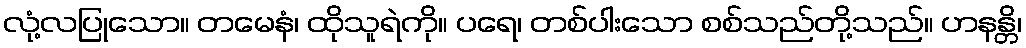
လုံ့လပြုသော။ တမေနံ၊ ထိုသူရဲကို။ ပရေ၊ တစ်ပါးသော စစ်သည်တို့သည်။ ဟနန္တိ၊